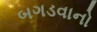
બગડવાનો